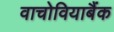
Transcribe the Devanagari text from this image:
वाचोवियाबैंक